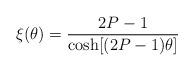
LaTeX: \begin{align*}\xi(\theta)=\frac{2P-1}{\cosh[(2P-1)\theta]}\end{align*}